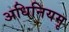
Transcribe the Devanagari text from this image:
अधिनियमृ